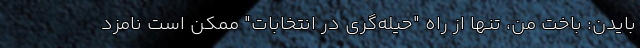
بایدن: باخت من، تنها از راه "حیله‌گری در انتخابات" ممکن است نامزد